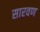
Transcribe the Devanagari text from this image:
सारवण